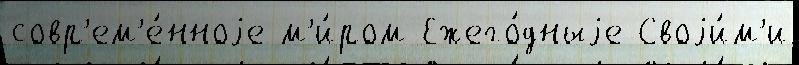
совр'ем'е́нноjе м'и́ром Ежего́дныjе Своjи́м'и